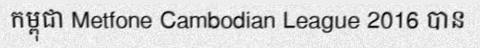
កម្ពុជា Metfone Cambodian League 2016 បាន